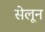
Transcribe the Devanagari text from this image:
सेलून